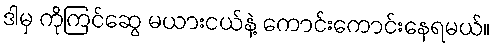
ဒါမှ ကိုကြင်ဆွေ မယားငယ်နဲ့ ကောင်းကောင်းနေရမယ်။